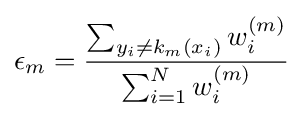
\epsilon _{m}={\frac {\sum _{y_{i}\neq k_{m}(x_{i})}w_{i}^{(m)}}{\sum _{i=1}^{N}w_{i}^{(m)}}}